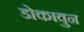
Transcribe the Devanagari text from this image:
डोकावुन